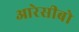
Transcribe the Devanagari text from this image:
आरेसीबो